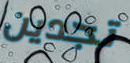
تجدين